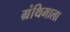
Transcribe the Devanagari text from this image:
ग्रंथिमाला